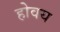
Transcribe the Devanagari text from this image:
होवय